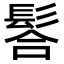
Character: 𩭆